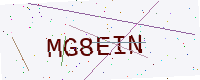
Text: MG8EIN